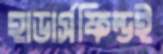
হাডার্সফিল্ডই